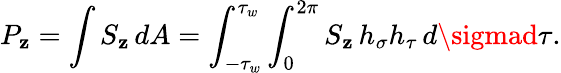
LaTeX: P_{\mathbf{z}}=\int{S_{\mathbf{z}}\, dA}=\int_{-\tau_{w}}^{\tau_{w}}\int_{0}^{2\pi}S_{\mathbf{z}}\, h_{\sigma}h_{\tau}\, d\sigmad\tau.